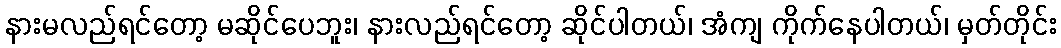
နားမလည်ရင်တော့ မဆိုင်ပေဘူး၊ နားလည်ရင်တော့ ဆိုင်ပါတယ်၊ အံကျ ကိုက်နေပါတယ်၊ မှတ်တိုင်း